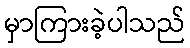
မှာကြားခဲ့ပါသည်